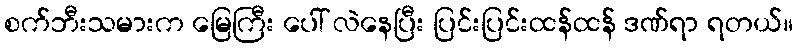
စက်ဘီးသမားက မြေကြီး ပေါ် လဲနေပြီး ပြင်းပြင်းထန်ထန် ဒဏ်ရာ ရတယ်။